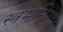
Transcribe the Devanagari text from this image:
स्त्रमनिंगार